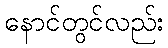
နောင်တွင်လည်း